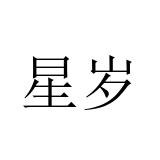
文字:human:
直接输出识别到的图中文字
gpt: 星岁